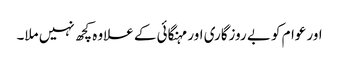
اور عوام کو بے روزگاری اور مہنگائی کے علاوہ کچھ نہیں ملا۔